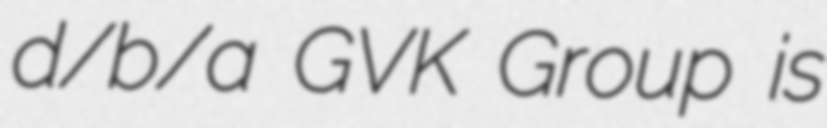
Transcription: d/b/a GVK Group is